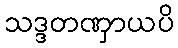
သဒ္ဒတဏှာယပိ